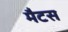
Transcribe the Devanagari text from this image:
मैटस